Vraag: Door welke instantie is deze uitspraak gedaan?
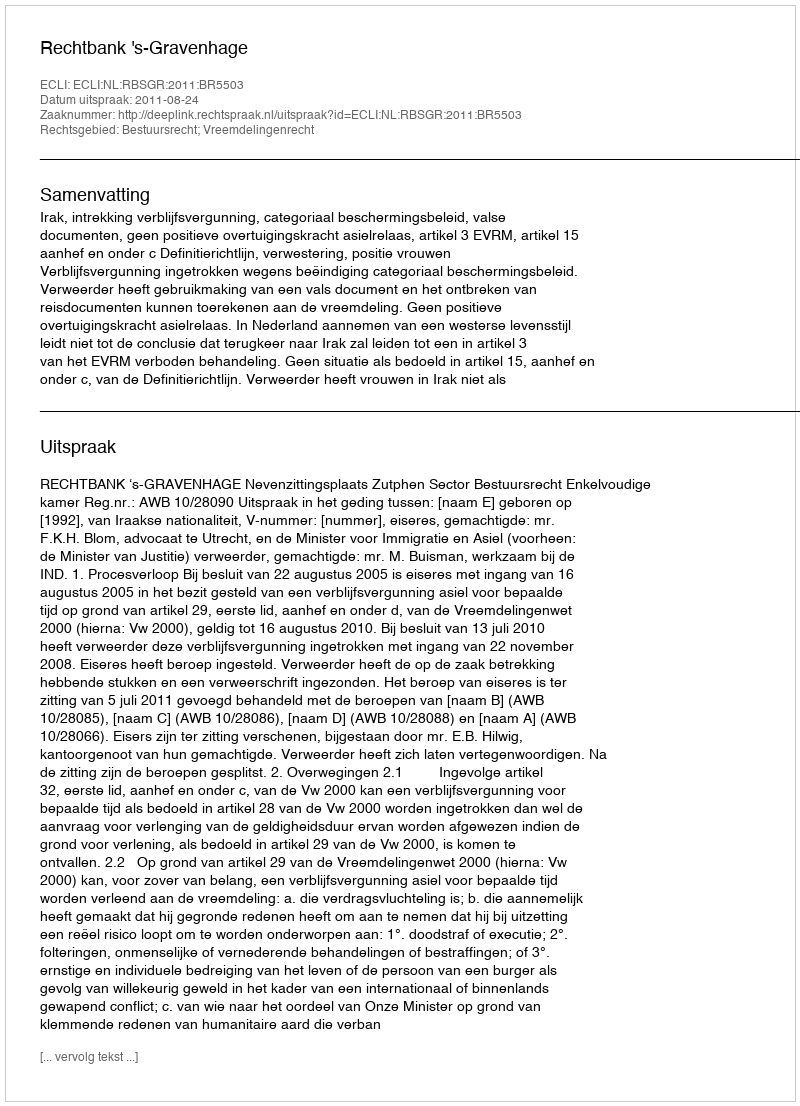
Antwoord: Rechtbank 's-Gravenhage